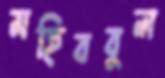
মহিববুল